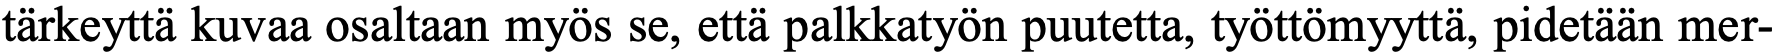
tärkeyttä kuvaa osaltaan myös se, että palkkatyön puutetta, työttömyyttä, pidetään mer-